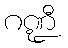
ဂဏ္ဍီ